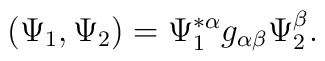
(\Psi_{1},\Psi_{2})=\Psi_{1}^{*\alpha}g_{\alpha\beta}\Psi_{2}^{\beta}.